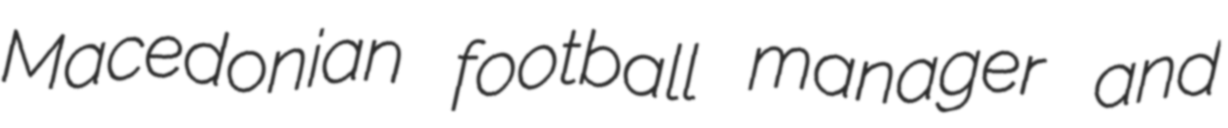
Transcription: Macedonian football manager and